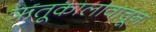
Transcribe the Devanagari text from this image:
ऋतूकालावाचून